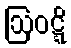
ဩဝဋ္ဋိ